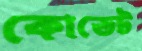
কোডেট